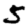
Digit: 5